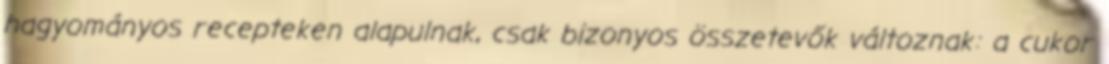
hagyományos recepteken alapulnak, csak bizonyos összetevők változnak: a cukor